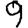
Digit: 9